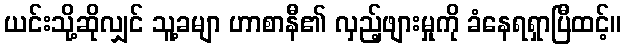
ယင်းသို့ဆိုလျှင် သူ့ခမျာ ဟာစာနီ၏ လှည့်ဖျားမှုကို ခံနေရရှာပြီထင့်။